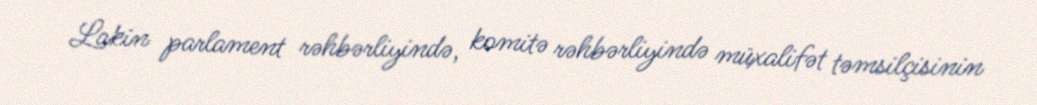
Lakin parlament rəhbərliyində, komitə rəhbərliyində müxalifət təmsilçisinin